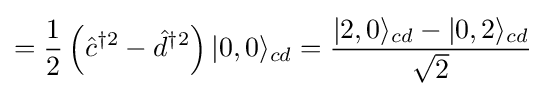
={\frac {1}{2}}\left({\hat {c}}^{\dagger 2}-{\hat {d}}^{\dagger 2}\right)|0,0\rangle _{cd}={\frac {|2,0\rangle _{cd}-|0,2\rangle _{cd}}{\sqrt {2}}}